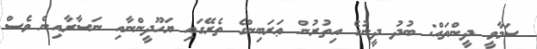
ސަމާވީ ދީންތައް: ބުދު ދީނުގެ އިތުރުން ޢަރަބިންގެ ތެރޭގައި ޔަހޫދީންނާއި ނަސާރާއިން ވެސް